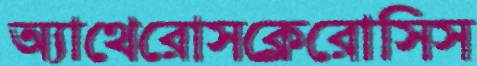
অ্যাথেরোসক্লেরোসিস